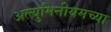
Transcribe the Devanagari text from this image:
अल्युमिनीयमच्या